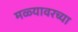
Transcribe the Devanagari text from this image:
मळ्यावरच्या